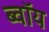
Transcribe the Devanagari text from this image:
ब्‍वॉय